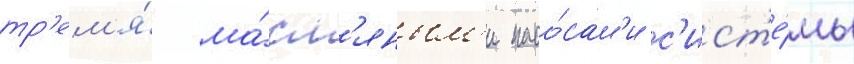
тр'ем'я́ ма́сл'яным'и насо́сам'и с'ист'е́мы